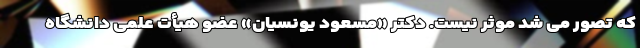
که تصور می شد موثر نیست. دکتر «مسعود یونسیان» عضو هیأت علمی دانشگاه